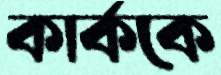
কার্ককে